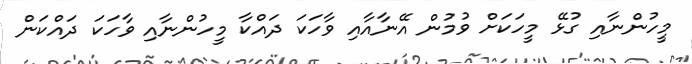
މީހުންނާއި ގުޅޭ މީހަކަށް ވުމުން އޭނާއާއި ވާހަކަ ދައްކާ މީހުންނާއި ވާހަކަ ދައްކަން